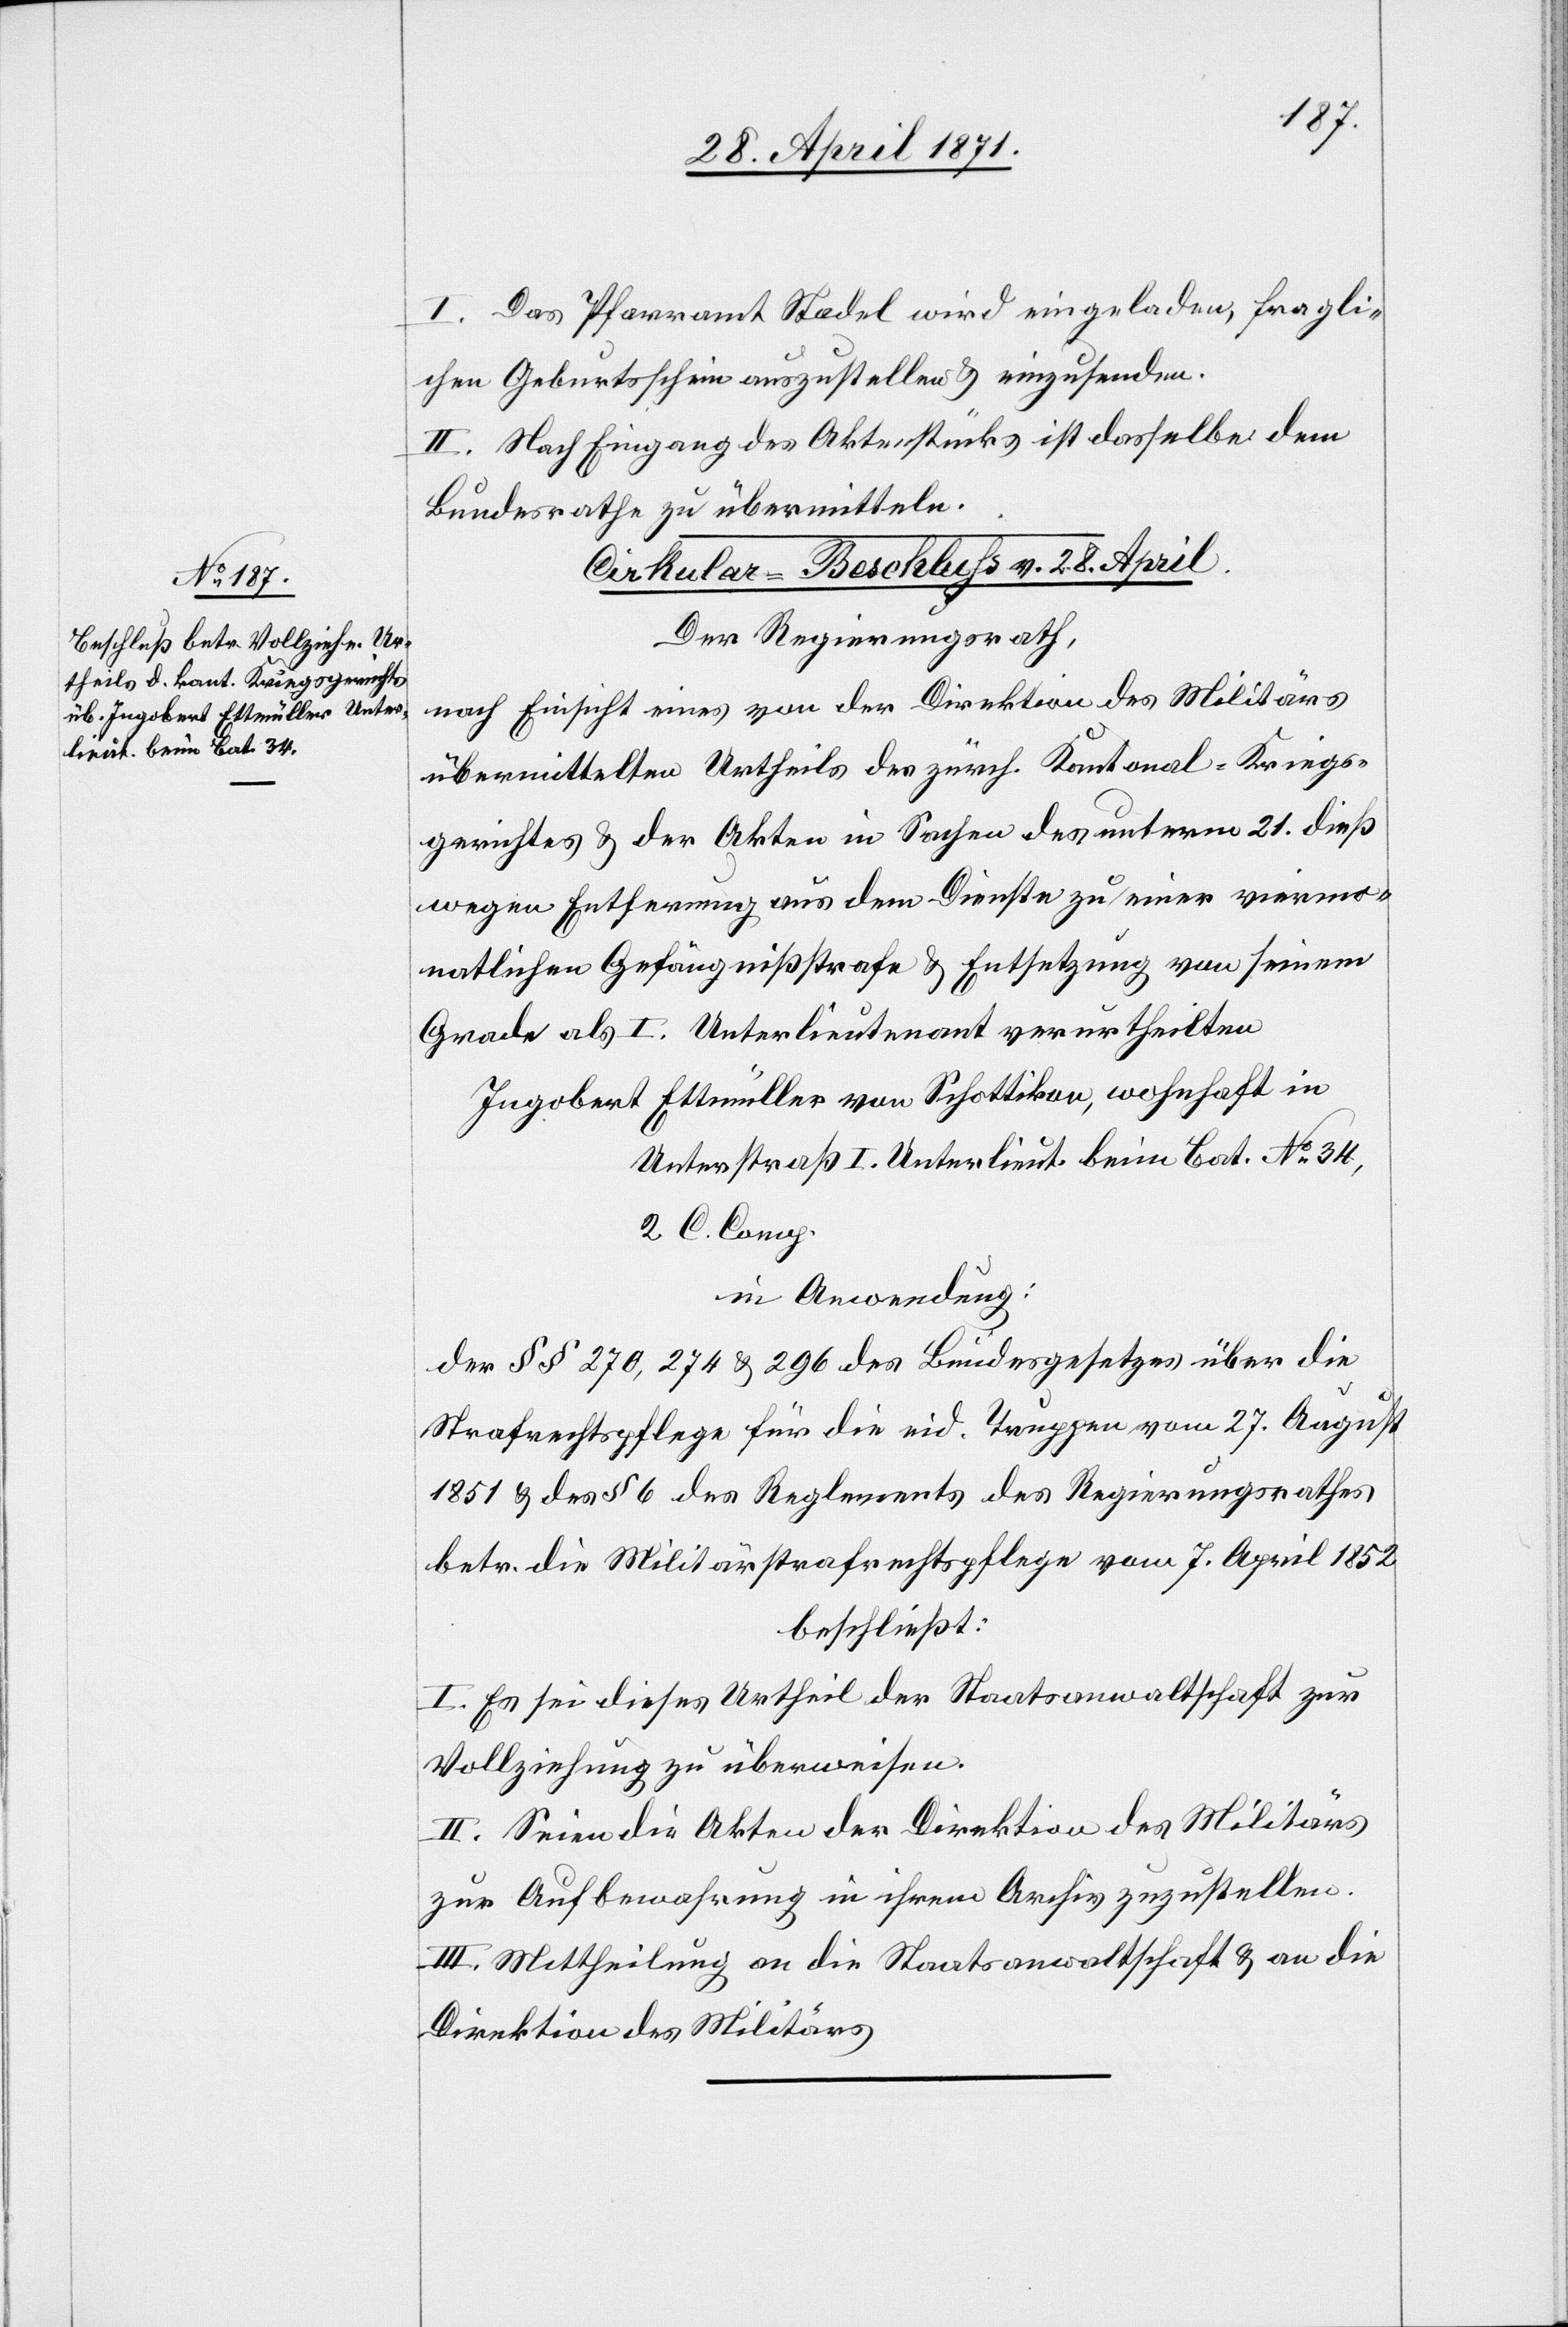
28. April 1871.
I. Das Pfarramt Stadel wird eingeladen, fragli¬
chen Geburtsschein auszustellen u. einzusenden.
II. Nach Eingang des Aktenstücks ist dasselbe dem
Bundesrathe zu übermitteln.
Cirkular-Beschluß v. 28. April
Der Regierungsrath,
nach Einsicht eines von der Direktion des Militärs
übermittelten Urtheils des zürch. Kantonal- Kriegs¬
gerichtes u. der Akten in Sachen des unterm 21. dieß
wegen Entfernung aus dem Dienste zu einer viermo¬
natlichen Gefängnißstrafe u. Entsetzung von seinem
Grade als I. Unterlieutenant verurtheilten
Ingobert Ettmüller von Schottikon, wohnhaft in
Unterstraß I. Unterlieut. beim Bat. No. 34,
2 C. Comp.
in Anordnung:
der §§ 270, 274 u. 296 des Bundesgesetzes über die
Strafrechtspflege für die eid. Truppen vom 27. August
1851 u. des § 6 des Reglements des Regierungsrathes
betr. die Militärstrafrechtspflege vom 7. April 1852
beschließt:
I. Es sei dieses Urtheil der Staatsanwaltschaft zur
Vollziehung zu überweisen.
II. Seien die Akten der Direktion des Militärs
zur Aufbewahrung in ihrem Archiv zuzustellen.
III. Mittheilung an die Staatsanwaltschaft u. an die
Direktion des Militärs.